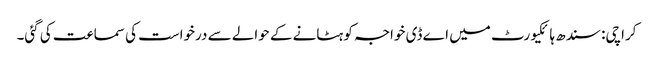
کراچی: سندھ ہائکیورٹ میں اے ڈی خواجہ کو ہٹانے کے حوالے سے درخواست کی سماعت کی گئی۔